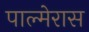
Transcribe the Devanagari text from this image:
पाल्मेरास